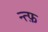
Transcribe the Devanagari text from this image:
न्त्फ़